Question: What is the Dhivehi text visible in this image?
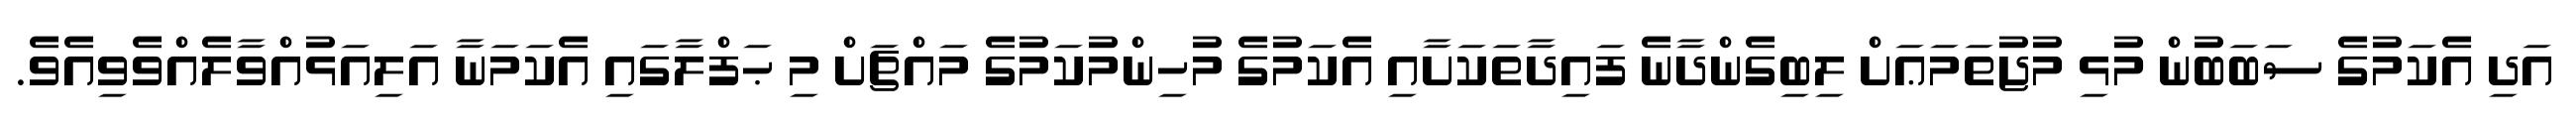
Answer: އަދި އެކަމުގެ ސަބަބުން މުޅި މުޖުތަމަޢަށް ލިބިގެންދާނެ ފައިދާތަކަށާއި އެކަމުގެ މުހިންމުކަމުގެ މައްޗަށް މި ޙަފްލާގައި އެކަމަނާ އަލިއަޅުއްވާލެއްވެވިއެވެ.